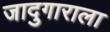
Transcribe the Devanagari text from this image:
जादुगाराला